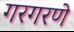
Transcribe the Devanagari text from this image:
गरगरणे